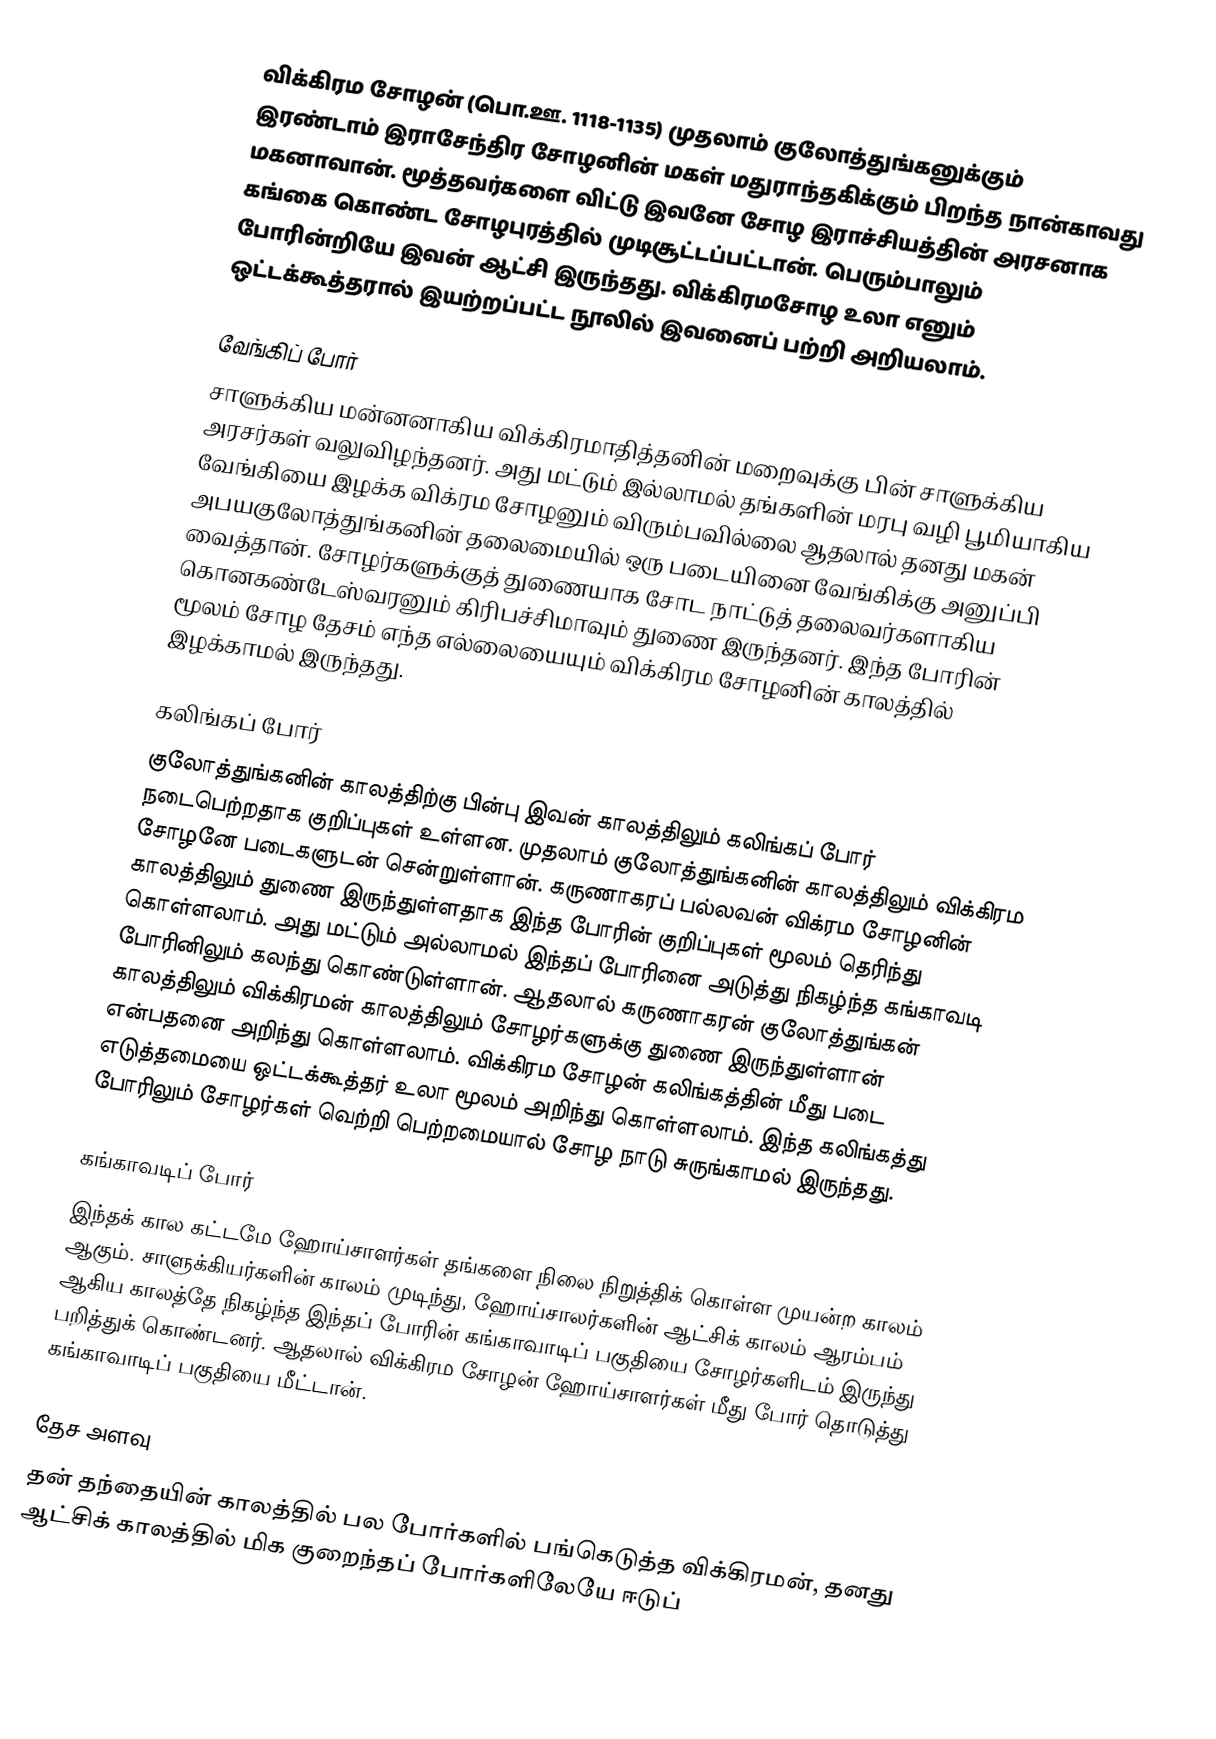
விக்கிரம சோழன் (பொ.ஊ. 1118-1135) முதலாம் குலோத்துங்கனுக்கும் இரண்டாம் இராசேந்திர சோழனின் மகள் மதுராந்தகிக்கும் பிறந்த நான்காவது மகனாவான். மூத்தவர்களை விட்டு இவனே சோழ இராச்சியத்தின் அரசனாக கங்கை கொண்ட சோழபுரத்தில் முடிசூட்டப்பட்டான். பெரும்பாலும் போரின்றியே இவன் ஆட்சி இருந்தது. விக்கிரமசோழ உலா எனும் ஒட்டக்கூத்தரால் இயற்றப்பட்ட நூலில் இவனைப் பற்றி அறியலாம்.

வேங்கிப் போர்
சாளுக்கிய மன்னனாகிய விக்கிரமாதித்தனின் மறைவுக்கு பின் சாளுக்கிய அரசர்கள் வலுவிழந்தனர். அது மட்டும் இல்லாமல் தங்களின் மரபு வழி பூமியாகிய வேங்கியை இழக்க விக்ரம சோழனும் விரும்பவில்லை ஆதலால் தனது மகன் அபயகுலோத்துங்கனின் தலைமையில் ஒரு படையினை வேங்கிக்கு அனுப்பி வைத்தான். சோழர்களுக்குத் துணையாக சோட நாட்டுத் தலைவர்களாகிய கொனகண்டேஸ்வரனும் கிரிபச்சிமாவும் துணை இருந்தனர். இந்த போரின் மூலம் சோழ தேசம் எந்த எல்லையையும் விக்கிரம சோழனின் காலத்தில் இழக்காமல் இருந்தது.

கலிங்கப் போர்
குலோத்துங்கனின் காலத்திற்கு பின்பு இவன் காலத்திலும் கலிங்கப் போர் நடைபெற்றதாக குறிப்புகள் உள்ளன. முதலாம் குலோத்துங்கனின் காலத்திலும் விக்கிரம சோழனே படைகளுடன் சென்றுள்ளான். கருணாகரப் பல்லவன் விக்ரம சோழனின் காலத்திலும் துணை இருந்துள்ளதாக இந்த போரின் குறிப்புகள் மூலம் தெரிந்து கொள்ளலாம். அது மட்டும் அல்லாமல் இந்தப் போரினை அடுத்து நிகழ்ந்த கங்காவடி போரினிலும் கலந்து கொண்டுள்ளான். ஆதலால் கருணாகரன் குலோத்துங்கன் காலத்திலும் விக்கிரமன் காலத்திலும் சோழர்களுக்கு துணை இருந்துள்ளான் என்பதனை அறிந்து கொள்ளலாம். விக்கிரம சோழன் கலிங்கத்தின் மீது படை எடுத்தமையை ஒட்டக்கூத்தர் உலா மூலம் அறிந்து கொள்ளலாம். இந்த கலிங்கத்து போரிலும் சோழர்கள் வெற்றி பெற்றமையால் சோழ நாடு சுருங்காமல் இருந்தது.

கங்காவடிப் போர்
இந்தக் கால கட்டமே ஹோய்சாளர்கள் தங்களை நிலை நிறுத்திக் கொள்ள முயன்ற காலம் ஆகும். சாளுக்கியர்களின் காலம் முடிந்து,  ஹோய்சாலர்களின் ஆட்சிக் காலம் ஆரம்பம் ஆகிய காலத்தே நிகழ்ந்த இந்தப் போரின் கங்காவாடிப் பகுதியை சோழர்களிடம் இருந்து பறித்துக் கொண்டனர். ஆதலால் விக்கிரம சோழன் ஹோய்சாளர்கள் மீது போர் தொடுத்து கங்காவாடிப் பகுதியை மீட்டான்.

தேச அளவு
தன் தந்தையின் காலத்தில் பல போர்களில் பங்கெடுத்த விக்கிரமன், தனது ஆட்சிக் காலத்தில் மிக குறைந்தப் போர்களிலேயே ஈடுப்